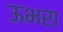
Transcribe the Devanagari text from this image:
ऊभरा